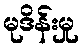
မုဒိန်းမှု